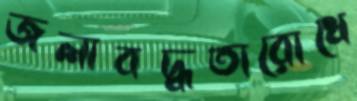
জলাবদ্ধতারোধে